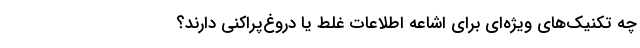
چه تکنیک‌های ویژه‌ای برای اشاعه اطلاعات غلط یا دروغ‌پراکنی دارند؟